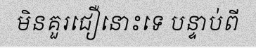
មិនគួរជឿនោះទេ បន្ទាប់ពី